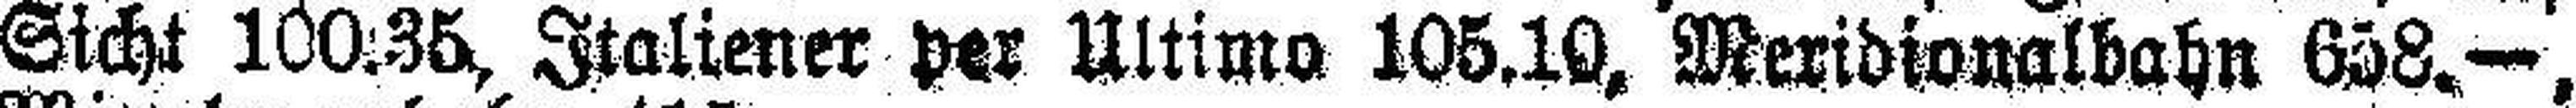
Sicht 100.35, Italiener per Ultimo 105.10, Meridionalbahn 658.—,